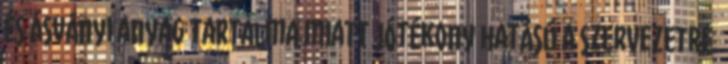
és ásványi anyag tartalma miatt jótékony hatású a szervezetre.